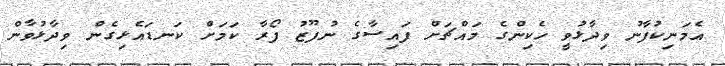
އެމަނިކުފާނު ވިދާޅުވީ ހެކިންގެ މައްޗަށް ފައިސާގެ ނުފޫޒު ފޯރާ ކަމަށް ކަނޑައެޅިގެން ވިދާޅުވާން